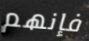
فإنهم